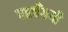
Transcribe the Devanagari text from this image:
पहचँगयी